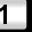
Digit: 1